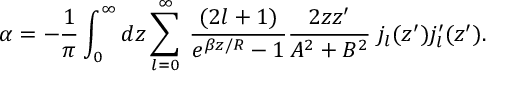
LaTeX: \alpha = - \frac { 1 } { \pi } \int _ { 0 } ^ { \infty } d z \sum _ { l = 0 } ^ { \infty } \: \frac { ( 2 l + 1 ) } { e ^ { \beta z / R } - 1 } \frac { 2 z z ^ { \prime } } { A ^ { 2 } + B ^ { 2 } } \; j _ { l } ( z ^ { \prime } ) j _ { l } ^ { \prime } ( z ^ { \prime } ) .